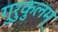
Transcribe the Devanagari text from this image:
गुरुकुलम्